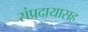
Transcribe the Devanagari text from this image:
संप्रदायासह